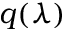
q ( \lambda )